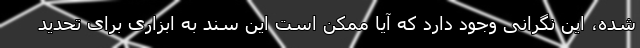
شده، این نگرانی وجود دارد که آیا ممکن است این سند به ابزاری برای تحدید